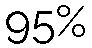
95%